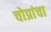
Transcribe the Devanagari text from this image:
चोप्रांचा